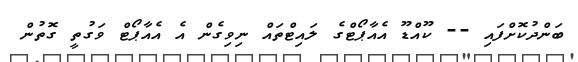
ބަންދުކޮށްފައި -- ކޫއްޑޫ އެއާޕޯޓްގެ ލައިޓްތައް ނިވިގެން އެ އެއާޕޯޓް ވަގުތީ ގޮތުން